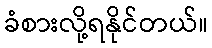
ခံစားလို့ရနိုင်တယ်။